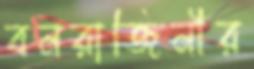
বনরাজিনীর